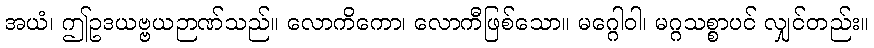
အယံ၊ ဤဥဒယဗ္ဗယဉာဏ်သည်။ လောကိကော၊ လောကီဖြစ်သော။ မဂ္ဂေါဝါ၊ မဂ္ဂသစ္စာပင် လျှင်တည်း။